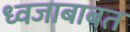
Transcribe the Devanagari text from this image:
ध्वजाबाबत